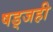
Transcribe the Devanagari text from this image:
षड्जही